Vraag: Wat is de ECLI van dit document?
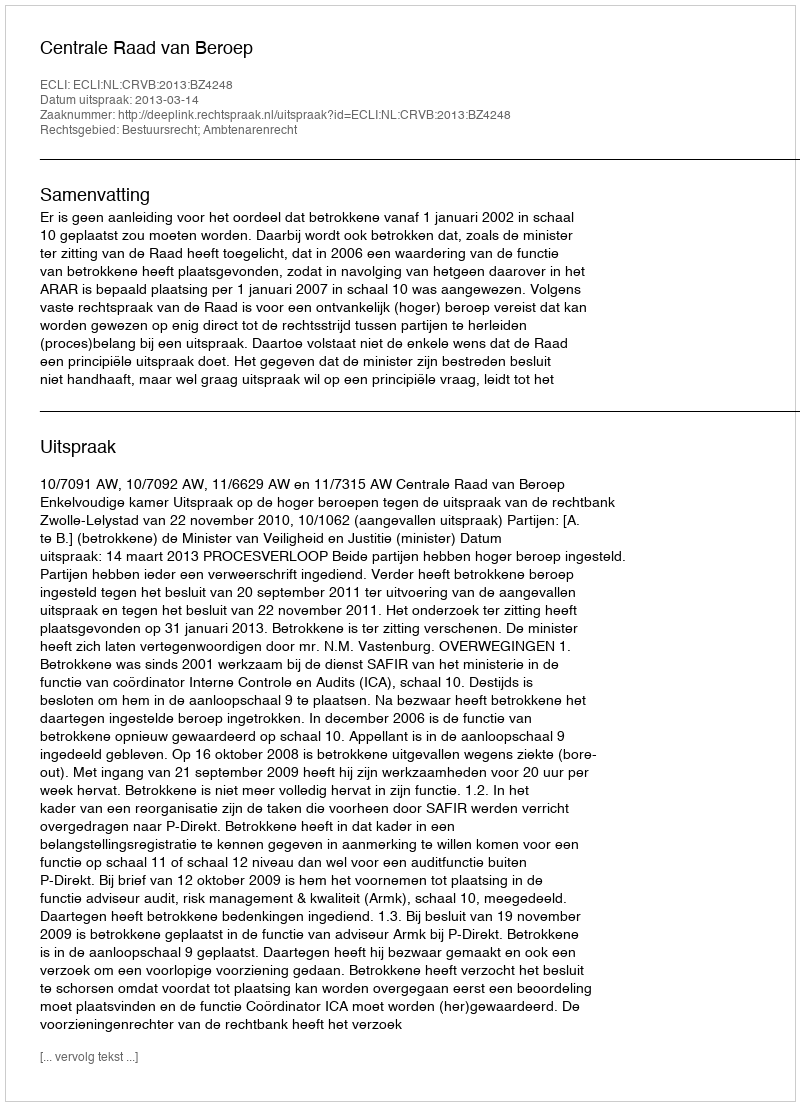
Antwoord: ECLI:NL:CRVB:2013:BZ4248